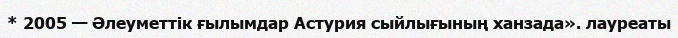
* 2005 — Әлеуметтік ғылымдар Астурия сыйлығының ханзада». лауреаты